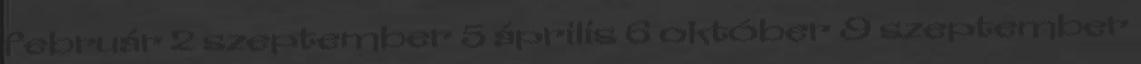
február 2 szeptember 5 április 6 október 9 szeptember